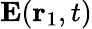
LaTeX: {\mathbf E}({\mathbf r}_{1},t)